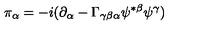
\pi _ { \alpha } = - i ( \partial _ { \alpha } - \Gamma _ { \gamma \beta \alpha } \psi ^ { * \beta } \psi ^ { \gamma } )